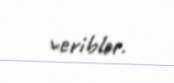
veriblər.